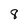
Character: 8